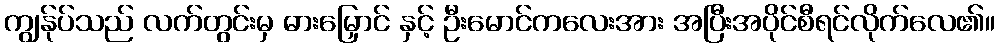
ကျွန်ုပ်သည် လက်တွင်းမှ ဓားမြှောင် နှင့် ဦးမောင်ကလေးအား အပြီးအပိုင်စီရင်လိုက်လေ၏။